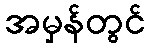
အမှန်တွင်